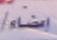
إضاء